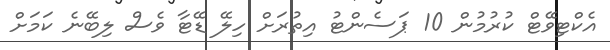
އެކްޓިވޭޓް ކުރުމުން 10 ޕަސެންޓު އިތުރަށް ހިލޭ ޑޭޓާ ވެސް ލިބޭނެ ކަމަށް